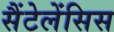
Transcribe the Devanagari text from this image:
सैंटेलेंसिस